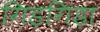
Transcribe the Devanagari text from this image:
गिड़गिड़ा